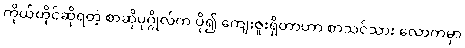
ကိုယ်တိုင်ဆိုရတဲ့ စာဆိုပုဂ္ဂိုလ်က ပို၍ ကျေးဇူးရှိတာဟာ စာသင်သား လောကမှာ